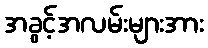
အခွင့်အလမ်းများအား